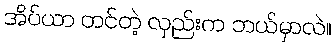
အိပ်ယာ တင်တဲ့ လှည်းက ဘယ်မှာလဲ။